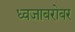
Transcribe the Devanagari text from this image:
ध्वजाबरोबर